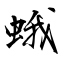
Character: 蛾